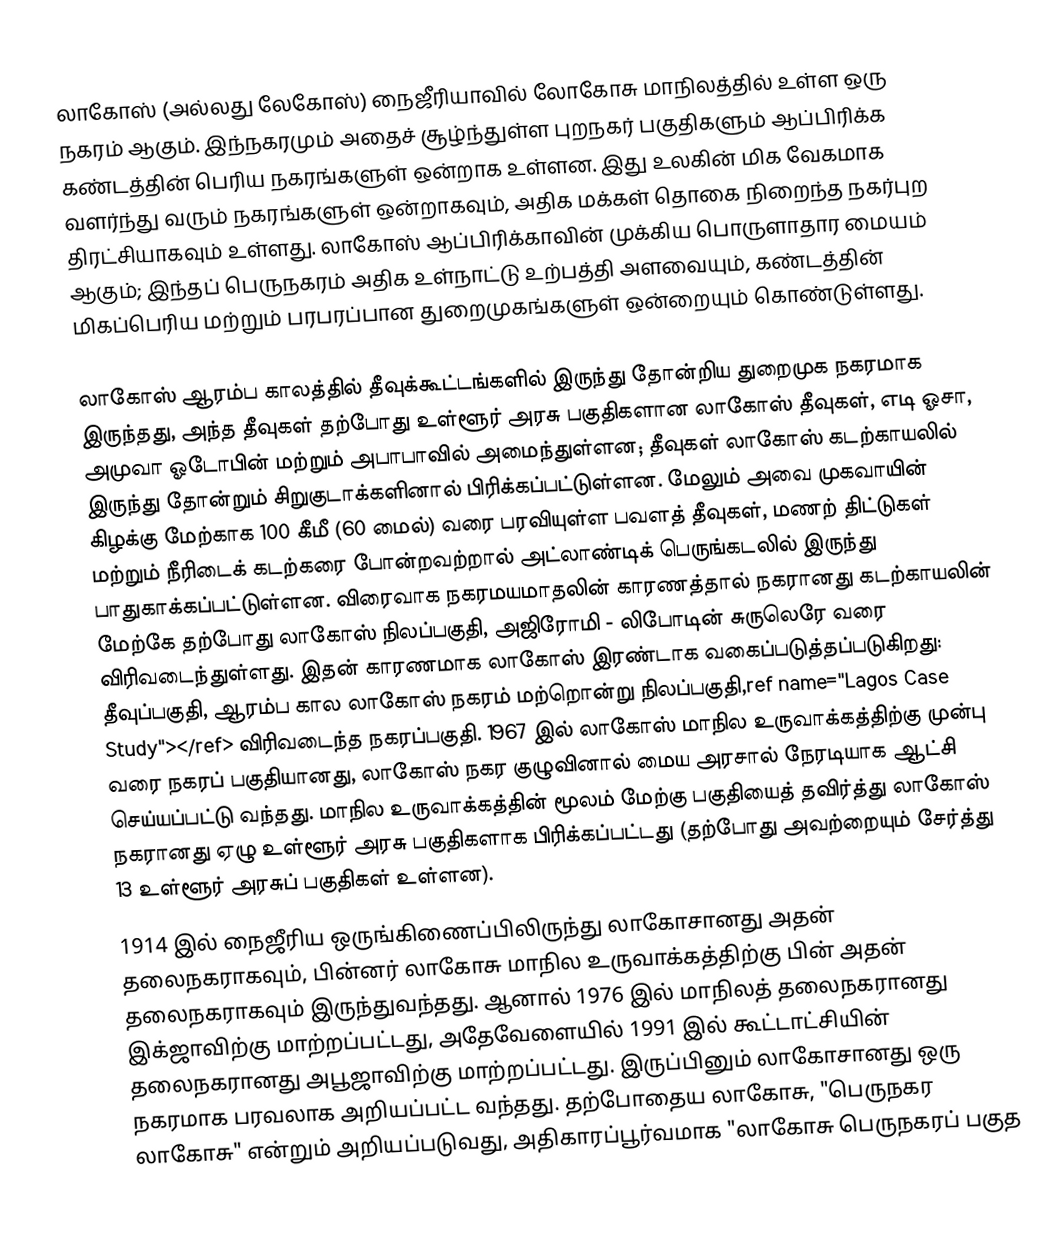
லாகோஸ்  (அல்லது லேகோஸ்) நைஜீரியாவில் லோகோசு மாநிலத்தில் உள்ள ஒரு நகரம் ஆகும். இந்நகரமும் அதைச் சூழ்ந்துள்ள புறநகர் பகுதிகளும் ஆப்பிரிக்க கண்டத்தின் பெரிய நகரங்களுள் ஒன்றாக உள்ளன. இது உலகின் மிக வேகமாக வளர்ந்து வரும் நகரங்களுள் ஒன்றாகவும், அதிக மக்கள் தொகை நிறைந்த நகர்புற திரட்சியாகவும் உள்ளது. லாகோஸ் ஆப்பிரிக்காவின் முக்கிய பொருளாதார மையம் ஆகும்; இந்தப் பெருநகரம் அதிக உள்நாட்டு உற்பத்தி அளவையும், கண்டத்தின் மிகப்பெரிய மற்றும் பரபரப்பான துறைமுகங்களுள் ஒன்றையும் கொண்டுள்ளது.

லாகோஸ் ஆரம்ப காலத்தில் தீவுக்கூட்டங்களில் இருந்து தோன்றிய துறைமுக நகரமாக இருந்தது, அந்த தீவுகள் தற்போது உள்ளூர் அரசு பகுதிகளான லாகோஸ் தீவுகள், எடி ஓசா, அமுவா ஓடோபின் மற்றும் அபாபாவில் அமைந்துள்ளன; தீவுகள் லாகோஸ் கடற்காயலில் இருந்து தோன்றும் சிறுகுடாக்களினால் பிரிக்கப்பட்டுள்ளன. மேலும் அவை முகவாயின் கிழக்கு மேற்காக 100 கீமீ (60 மைல்) வரை பரவியுள்ள பவளத் தீவுகள், மணற் திட்டுகள் மற்றும் நீரிடைக் கடற்கரை போன்றவற்றால் அட்லாண்டிக் பெருங்கடலில் இருந்து பாதுகாக்கப்பட்டுள்ளன. விரைவாக நகரமயமாதலின் காரணத்தால் நகரானது கடற்காயலின் மேற்கே தற்போது லாகோஸ் நிலப்பகுதி, அஜிரோமி - லிபோடின் சுருலெரே வரை விரிவடைந்துள்ளது. இதன் காரணமாக லாகோஸ் இரண்டாக வகைப்படுத்தப்படுகிறது: தீவுப்பகுதி, ஆரம்ப கால லாகோஸ் நகரம் மற்றொன்று நிலப்பகுதி,ref name="Lagos Case Study"></ref> விரிவடைந்த நகரப்பகுதி. 1967 இல் லாகோஸ் மாநில உருவாக்கத்திற்கு முன்பு வரை நகரப் பகுதியானது, லாகோஸ் நகர குழுவினால் மைய அரசால் நேரடியாக ஆட்சி செய்யப்பட்டு வந்தது. மாநில உருவாக்கத்தின் மூலம் மேற்கு பகுதியைத் தவிர்த்து லாகோஸ் நகரானது ஏழு உள்ளூர் அரசு பகுதிகளாக பிரிக்கப்பட்டது (தற்போது அவற்றையும் சேர்த்து 13 உள்ளூர் அரசுப் பகுதிகள் உள்ளன).
1914 இல் நைஜீரிய ஒருங்கிணைப்பிலிருந்து லாகோசானது அதன் தலைநகராகவும், பின்னர் லாகோசு மாநில உருவாக்கத்திற்கு பின் அதன் தலைநகராகவும் இருந்துவந்தது. ஆனால் 1976 இல் மாநிலத் தலைநகரானது இக்ஜாவிற்கு மாற்றப்பட்டது, அதேவேளையில் 1991 இல் கூட்டாட்சியின் தலைநகரானது அபூஜாவிற்கு மாற்றப்பட்டது. இருப்பினும் லாகோசானது ஒரு நகரமாக பரவலாக அறியப்பட்ட வந்தது. தற்போதைய லாகோசு, "பெருநகர லாகோசு" என்றும் அறியப்படுவது, அதிகாரப்பூர்வமாக "லாகோசு பெருநகரப் பகுத